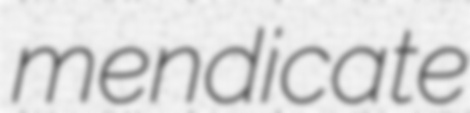
mendicate